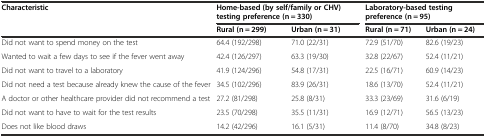
<table><thead><tr><td rowspan="2"><b>Characteristic</b></td><td colspan="2"><b>Home-based (by self/family or CHV) testing preference (n = 330)</b></td><td colspan="2"><b>Laboratory-based testing preference (n = 95)</b></td></tr><tr><td><b>Rural (n = 299)</b></td><td><b>Urban (n = 31)</b></td><td><b>Rural (n = 71)</b></td><td><b>Urban (n = 24)</b></td></tr></thead><tbody><tr><td>Did not want to spend money on the test</td><td>64.4 (192/298)</td><td>71.0 (22/31)</td><td>72.9 (51/70)</td><td>82.6 (19/23)</td></tr><tr><td>Wanted to wait a few days to see if the fever went away</td><td>42.4 (126/297)</td><td>63.3 (19/30)</td><td>32.8 (22/67)</td><td>52.4 (11/21)</td></tr><tr><td>Did not want to travel to a laboratory</td><td>41.9 (124/296)</td><td>54.8 (17/31)</td><td>22.5 (16/71)</td><td>60.9 (14/23)</td></tr><tr><td>Did not need a test because already knew the cause of the fever</td><td>34.5 (102/296)</td><td>83.9 (26/31)</td><td>18.6 (13/70)</td><td>52.4 (11/21)</td></tr><tr><td>A doctor or other healthcare provider did not recommend a test</td><td>27.2 (81/298)</td><td>25.8 (8/31)</td><td>33.3 (23/69)</td><td>31.6 (6/19)</td></tr><tr><td>Did not want to have to wait for the test results</td><td>23.5 (70/298)</td><td>35.5 (11/31)</td><td>16.9 (12/71)</td><td>56.5 (13/23)</td></tr><tr><td>Does not like blood draws</td><td>14.2 (42/296)</td><td>16.1 (5/31)</td><td>11.4 (8/70)</td><td>34.8 (8/23)</td></tr></tbody></table>